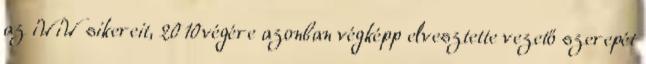
az iWiW sikereit, 2010végére azonban végképp elvesztette vezető szerepét